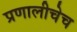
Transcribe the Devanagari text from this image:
प्रणालीचेच